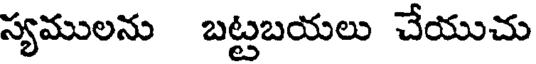
స్యములను బట్టబయలు చేయుచు